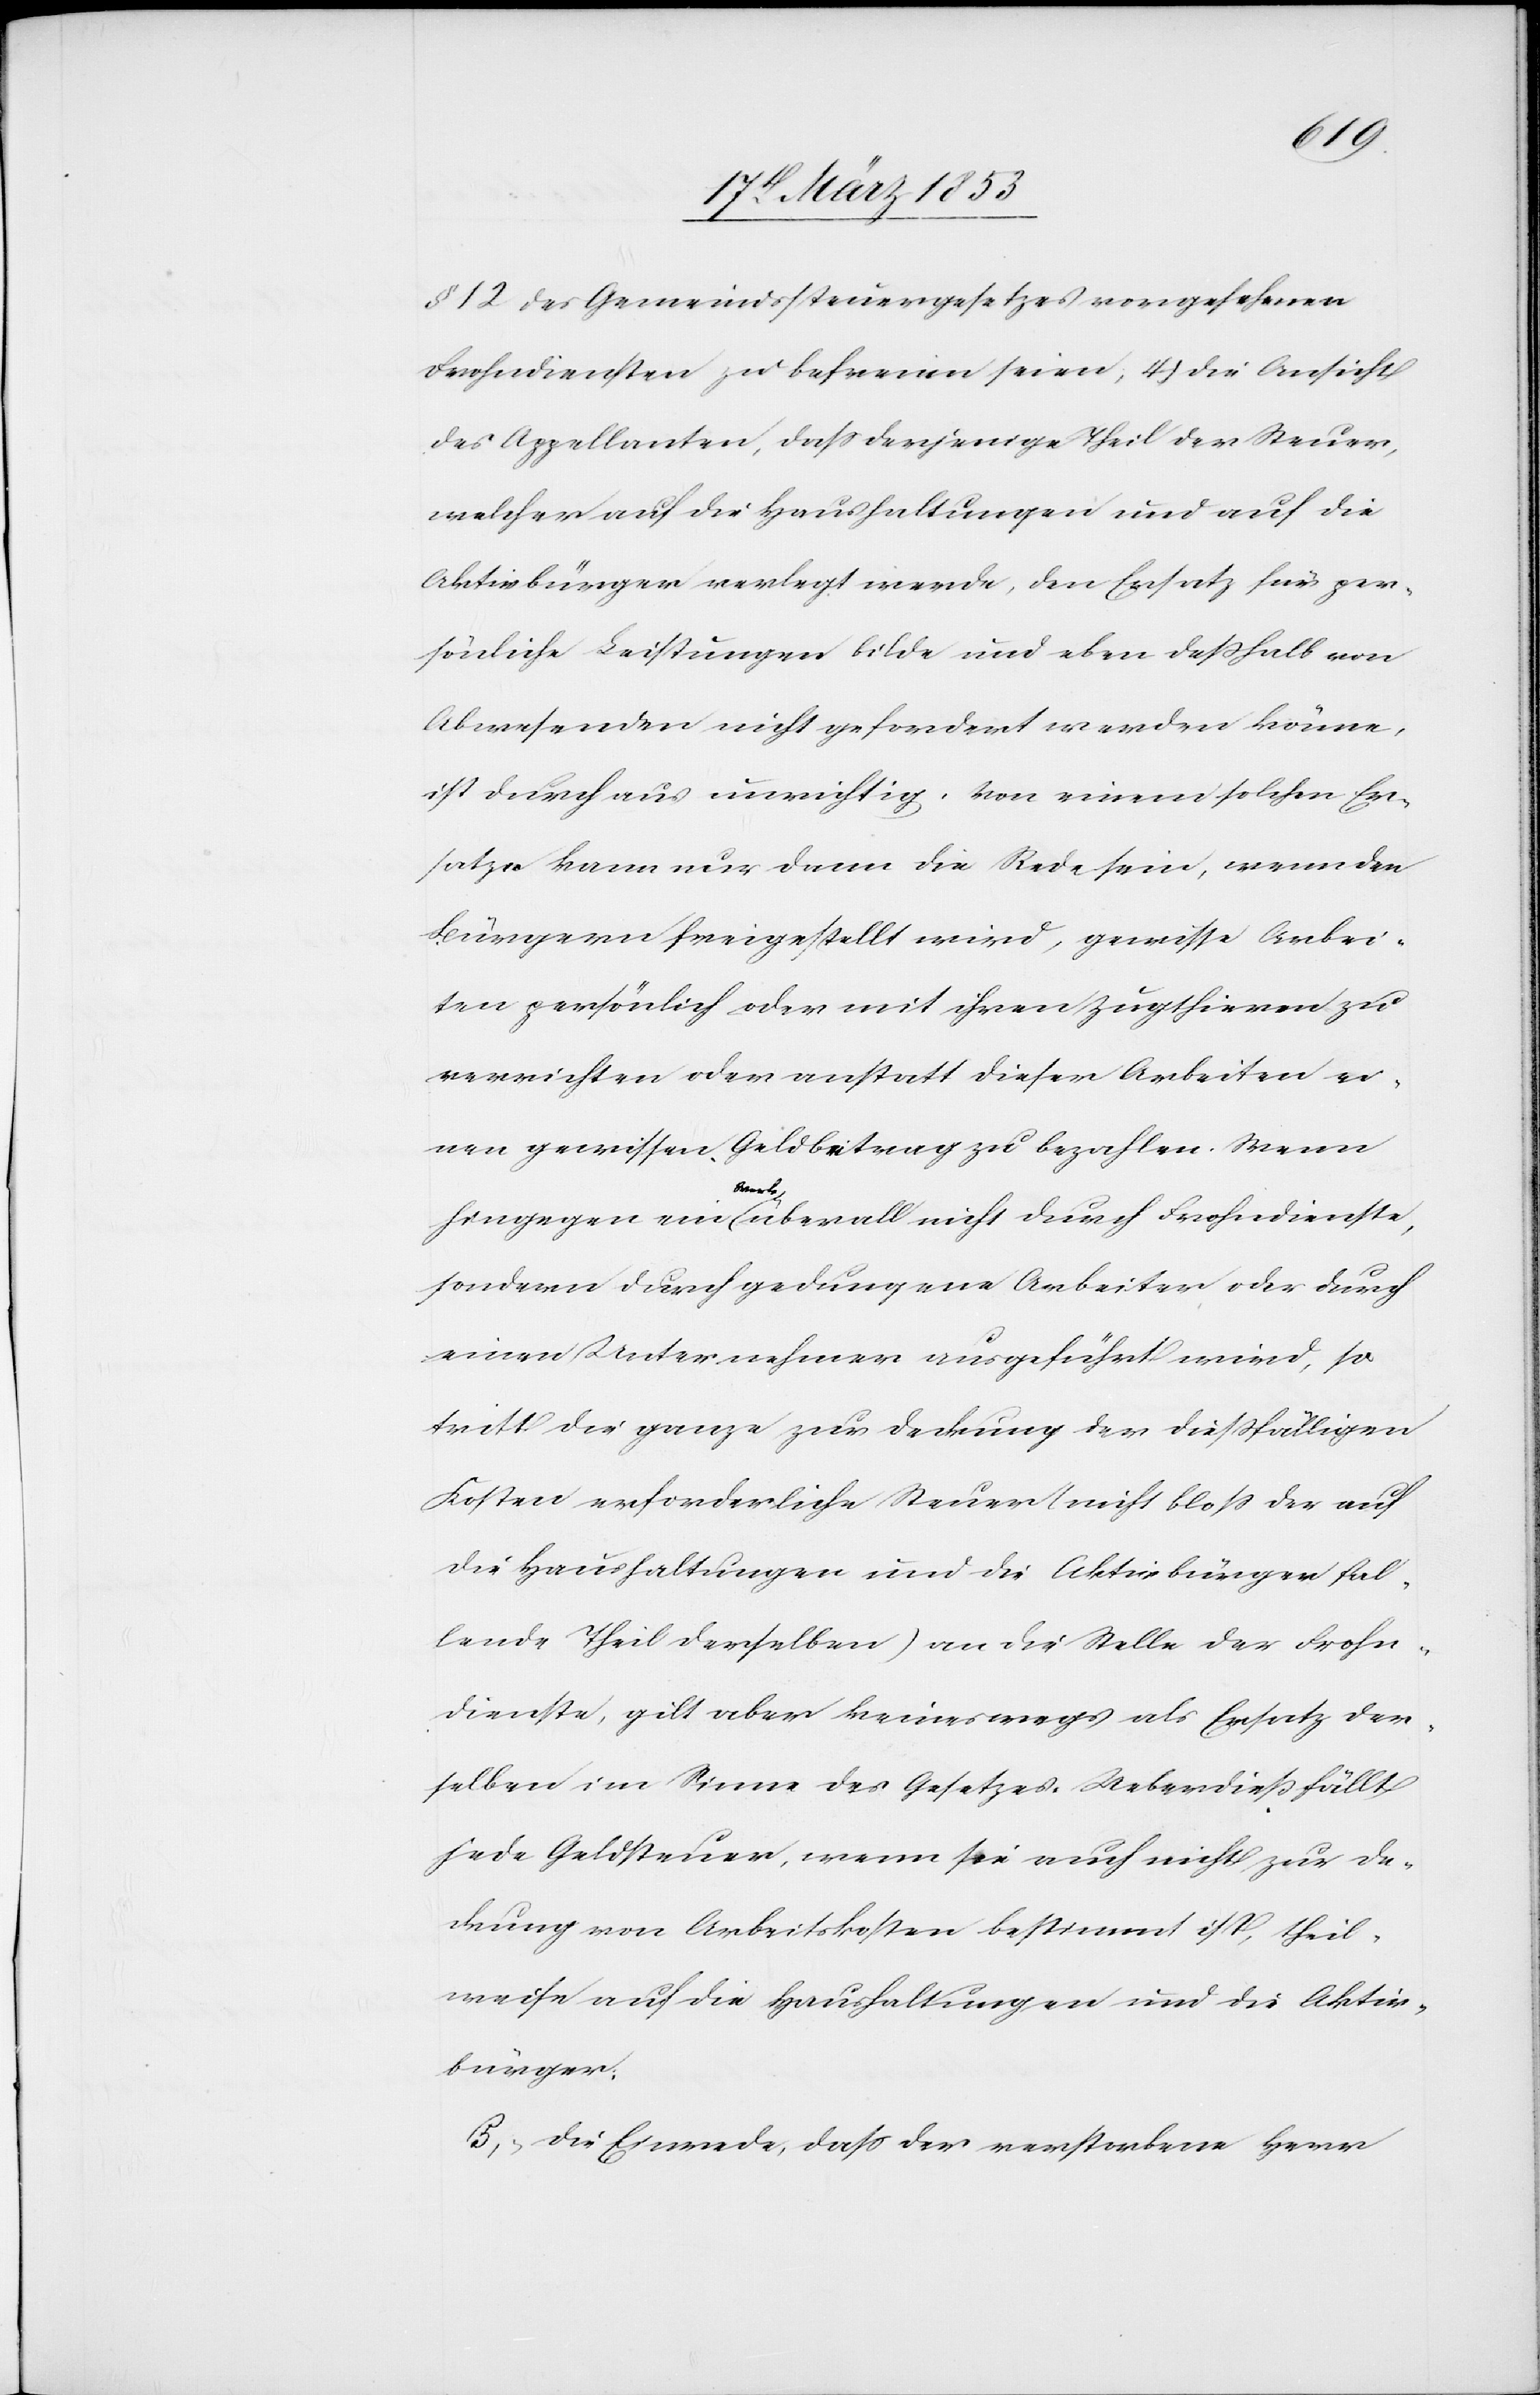
§ 12 des Gemeindssteuergesetzes vorgesehenen
Frohndiensten zu befreien seien, 4, die Ansicht
des Appellanten, daß derjenige Theil der Steuer,
welcher auf die Haushaltungen und auf die
Aktivbürger verlegt werde, den Ersatz für per¬
sönliche Leistungen bilde und eben deßhalb von
Abwesenden nicht gefordert werden könne,
ist durchaus unrichtig. Von einem solchen Er¬
satze kann nur dann die Rede sein, wenn den
Bürgern freigestellt wird, gewisse Arbei¬
ten persönlich oder mit ihren Zugthieren zu
verrichten oder anstatt dieser Arbeiten ei¬
nen gewissen Geldbeitrag zu bezahlen. Wenn
hingegen ein Werk überall nicht durch Frohndienste,
sondern durch gedungene Arbeiten oder durch
einen Unternehmer ausgeführt wird, so
tritt die ganze zur Deckung der dießfälligen
Kosten erforderliche Steuer (nicht bloß der auf
die Haushaltungen und die Aktivbürger fal¬
lende Theil derselben) an die Stelle der Frohn¬
dienste, gilt aber keineswegs als Ersatz der¬
selben im Sinne des Gesetzes. Ueberdieß fällt
jede Geldsteuer, wenn sie auch nicht zur De¬
ckung von Arbeitskosten bestimmt ist, theil¬
weise auf die Haushaltungen und die Aktiv¬
bürger.
B,. Die Einrede, daß der verstorbene Herr